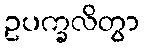
ဥပက္ခလိတွာ